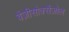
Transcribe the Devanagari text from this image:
बेंज़ीसोक्सैज़ोल